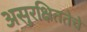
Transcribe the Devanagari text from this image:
असुरक्षिततेचे